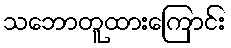
သဘောတူထားကြောင်း